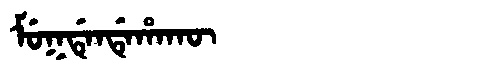
Manchu: ᠮᡠᡴᡩᡝᠨᡩᡝᡥᠠᡴᡡ
Romanization: MUKDENDEHAKŪ